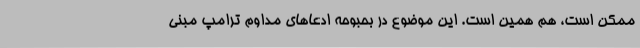
ممکن است، هم همین است. این موضوع در بحبوحه ادعاهای مداوم ترامپ مبنی